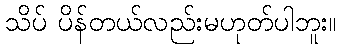
သိပ် ပိန်တယ်လည်းမဟုတ်ပါဘူး။